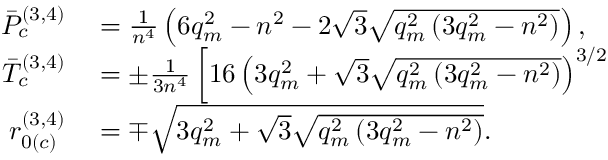
\begin{array} { r l } { \Bar { P } _ { c } ^ { ( 3 , 4 ) } } & { { } = \frac { 1 } { n ^ { 4 } } \left( 6 q _ { m } ^ { 2 } - n ^ { 2 } - 2 \sqrt { 3 } \sqrt { q _ { m } ^ { 2 } \left( 3 q _ { m } ^ { 2 } - n ^ { 2 } \right) } \right) , } \\ { \Bar { T } _ { c } ^ { ( 3 , 4 ) } } & { { } = \pm \frac { 1 } { 3 n ^ { 4 } } \left[ 1 6 \left( 3 q _ { m } ^ { 2 } + \sqrt { 3 } \sqrt { q _ { m } ^ { 2 } \left( 3 q _ { m } ^ { 2 } - n ^ { 2 } \right) } \right) ^ { 3 / 2 } \right. } \\ { r _ { 0 ( c ) } ^ { ( 3 , 4 ) } } & { { } = \mp \sqrt { 3 q _ { m } ^ { 2 } + \sqrt { 3 } \sqrt { q _ { m } ^ { 2 } \left( 3 q _ { m } ^ { 2 } - n ^ { 2 } \right) } } . } \end{array}